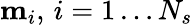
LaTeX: \mathbf{m}_{i},\, i=1\dots N_{s}